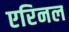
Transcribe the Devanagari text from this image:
एरिनल